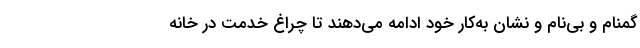
گمنام و بی‌نام و نشان به‌کار خود ادامه می‌دهند تا چراغ خدمت در خانه